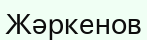
Жәркенов